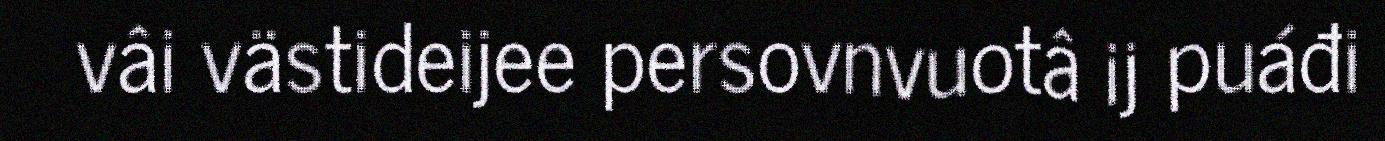
vâi västideijee persovnvuotâ ij puáđi